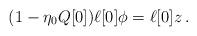
LaTeX: \begin{align*}(1-\eta_0 Q[0])\ell[0] \phi =\ell[0] z\,.\end{align*}